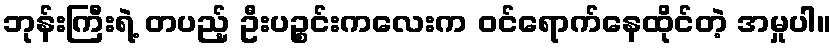
ဘုန်းကြီးရဲ့ တပည့် ဦးပဉ္စင်းကလေးက ဝင်ရောက်နေထိုင်တဲ့ အမှုပါ။